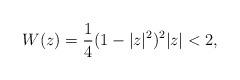
LaTeX: \begin{align*}W(z)=\frac{1}{4}(1-|z|^2)^2 |z|<2,\end{align*}